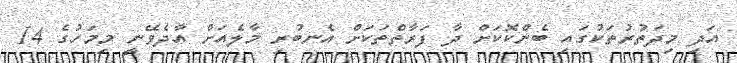
އަދި މިދަތުރުތަކުގައި ބެންކޮކަށް ދާ ފަރާތްތަކަށް އެނބުރި މާލެއަށް އާދެވޭނީ މިމަހުގެ 14